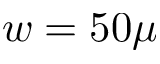
w = 5 0 \mu